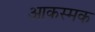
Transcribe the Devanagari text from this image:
आकस्मक